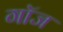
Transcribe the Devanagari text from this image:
गॉज